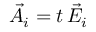
\vec { A } _ { i } = t \, \vec { E } _ { i }